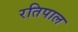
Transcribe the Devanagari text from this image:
रतिपाल